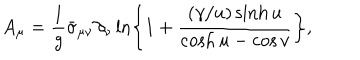
LaTeX: A _ { \mu } = \frac { 1 } { g } \bar { \sigma } _ { \mu \nu } \partial _ { \nu } \ln \left\{ 1 + \frac { ( \gamma / u ) \sinh u } { \cosh u - \cos v } \right\} ,